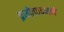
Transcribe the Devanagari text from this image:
प्रजोत्पादनाचे